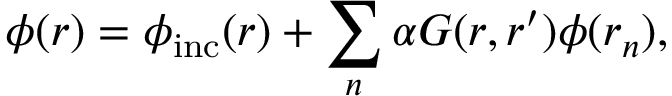
\phi ( \boldsymbol { r } ) = \phi _ { \mathrm { i n c } } ( \boldsymbol { r } ) + \sum _ { n } \alpha G ( \boldsymbol { r } , \boldsymbol { r ^ { \prime } } ) \phi ( \boldsymbol { r } _ { n } ) ,